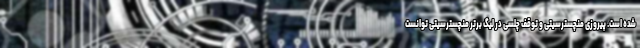
شده است. پیروزی منچسترسیتی و توقف چلسی در لیگ برتر منچسترسیتی توانست